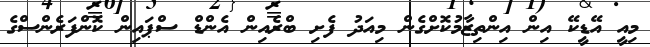
މިއީ އޭޑީކޭ އިން އިންތިޒާމުކޮށްގެން މިއަދު ފެށި ބްރެއިން އެންޑް ސްޕައިން ކޮންފަރެންސްގެ